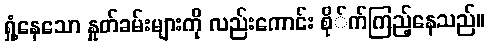
ရှုံ့နေသော နှုတ်ခမ်းများကို လည်းကောင်း စို်က်ကြည့်နေသည်။